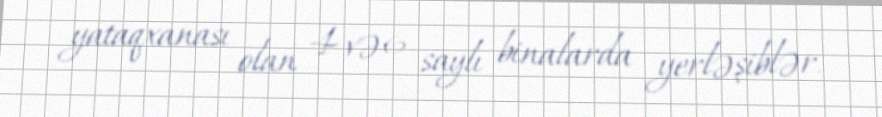
yataqxanası olan 4 və 6 saylı binalarda yerləşiblər.